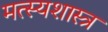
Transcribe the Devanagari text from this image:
मत्स्यशास्त्र